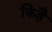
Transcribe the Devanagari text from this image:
किहै